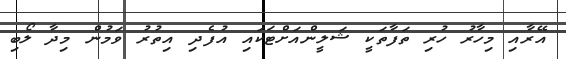
އޭރާއި މިހާރު ހުރި ތަފާތަކީ ޝަލީންއަށްޓަކައި އުފެދި އިތުރު ވަމުން މިދާ ލޯބި